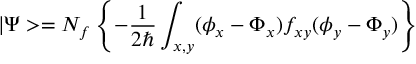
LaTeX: | \Psi > = N _ { f } \left\{ - \frac 1 { 2 \hbar } \int _ { x , y } ( \phi _ { x } - \Phi _ { x } ) f _ { x y } ( \phi _ { y } - \Phi _ { y } ) \right\}